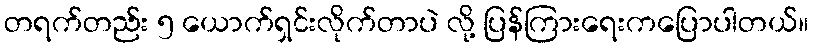
တရက်တည်း ၅ ယောက်ရှင်းလိုက်တာပဲ လို့ ပြန်ကြားရေးကပြောပါတယ်။